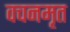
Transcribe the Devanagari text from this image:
वचनमृत